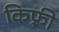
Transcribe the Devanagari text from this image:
किफ़्री